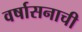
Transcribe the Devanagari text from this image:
वर्षासनाची